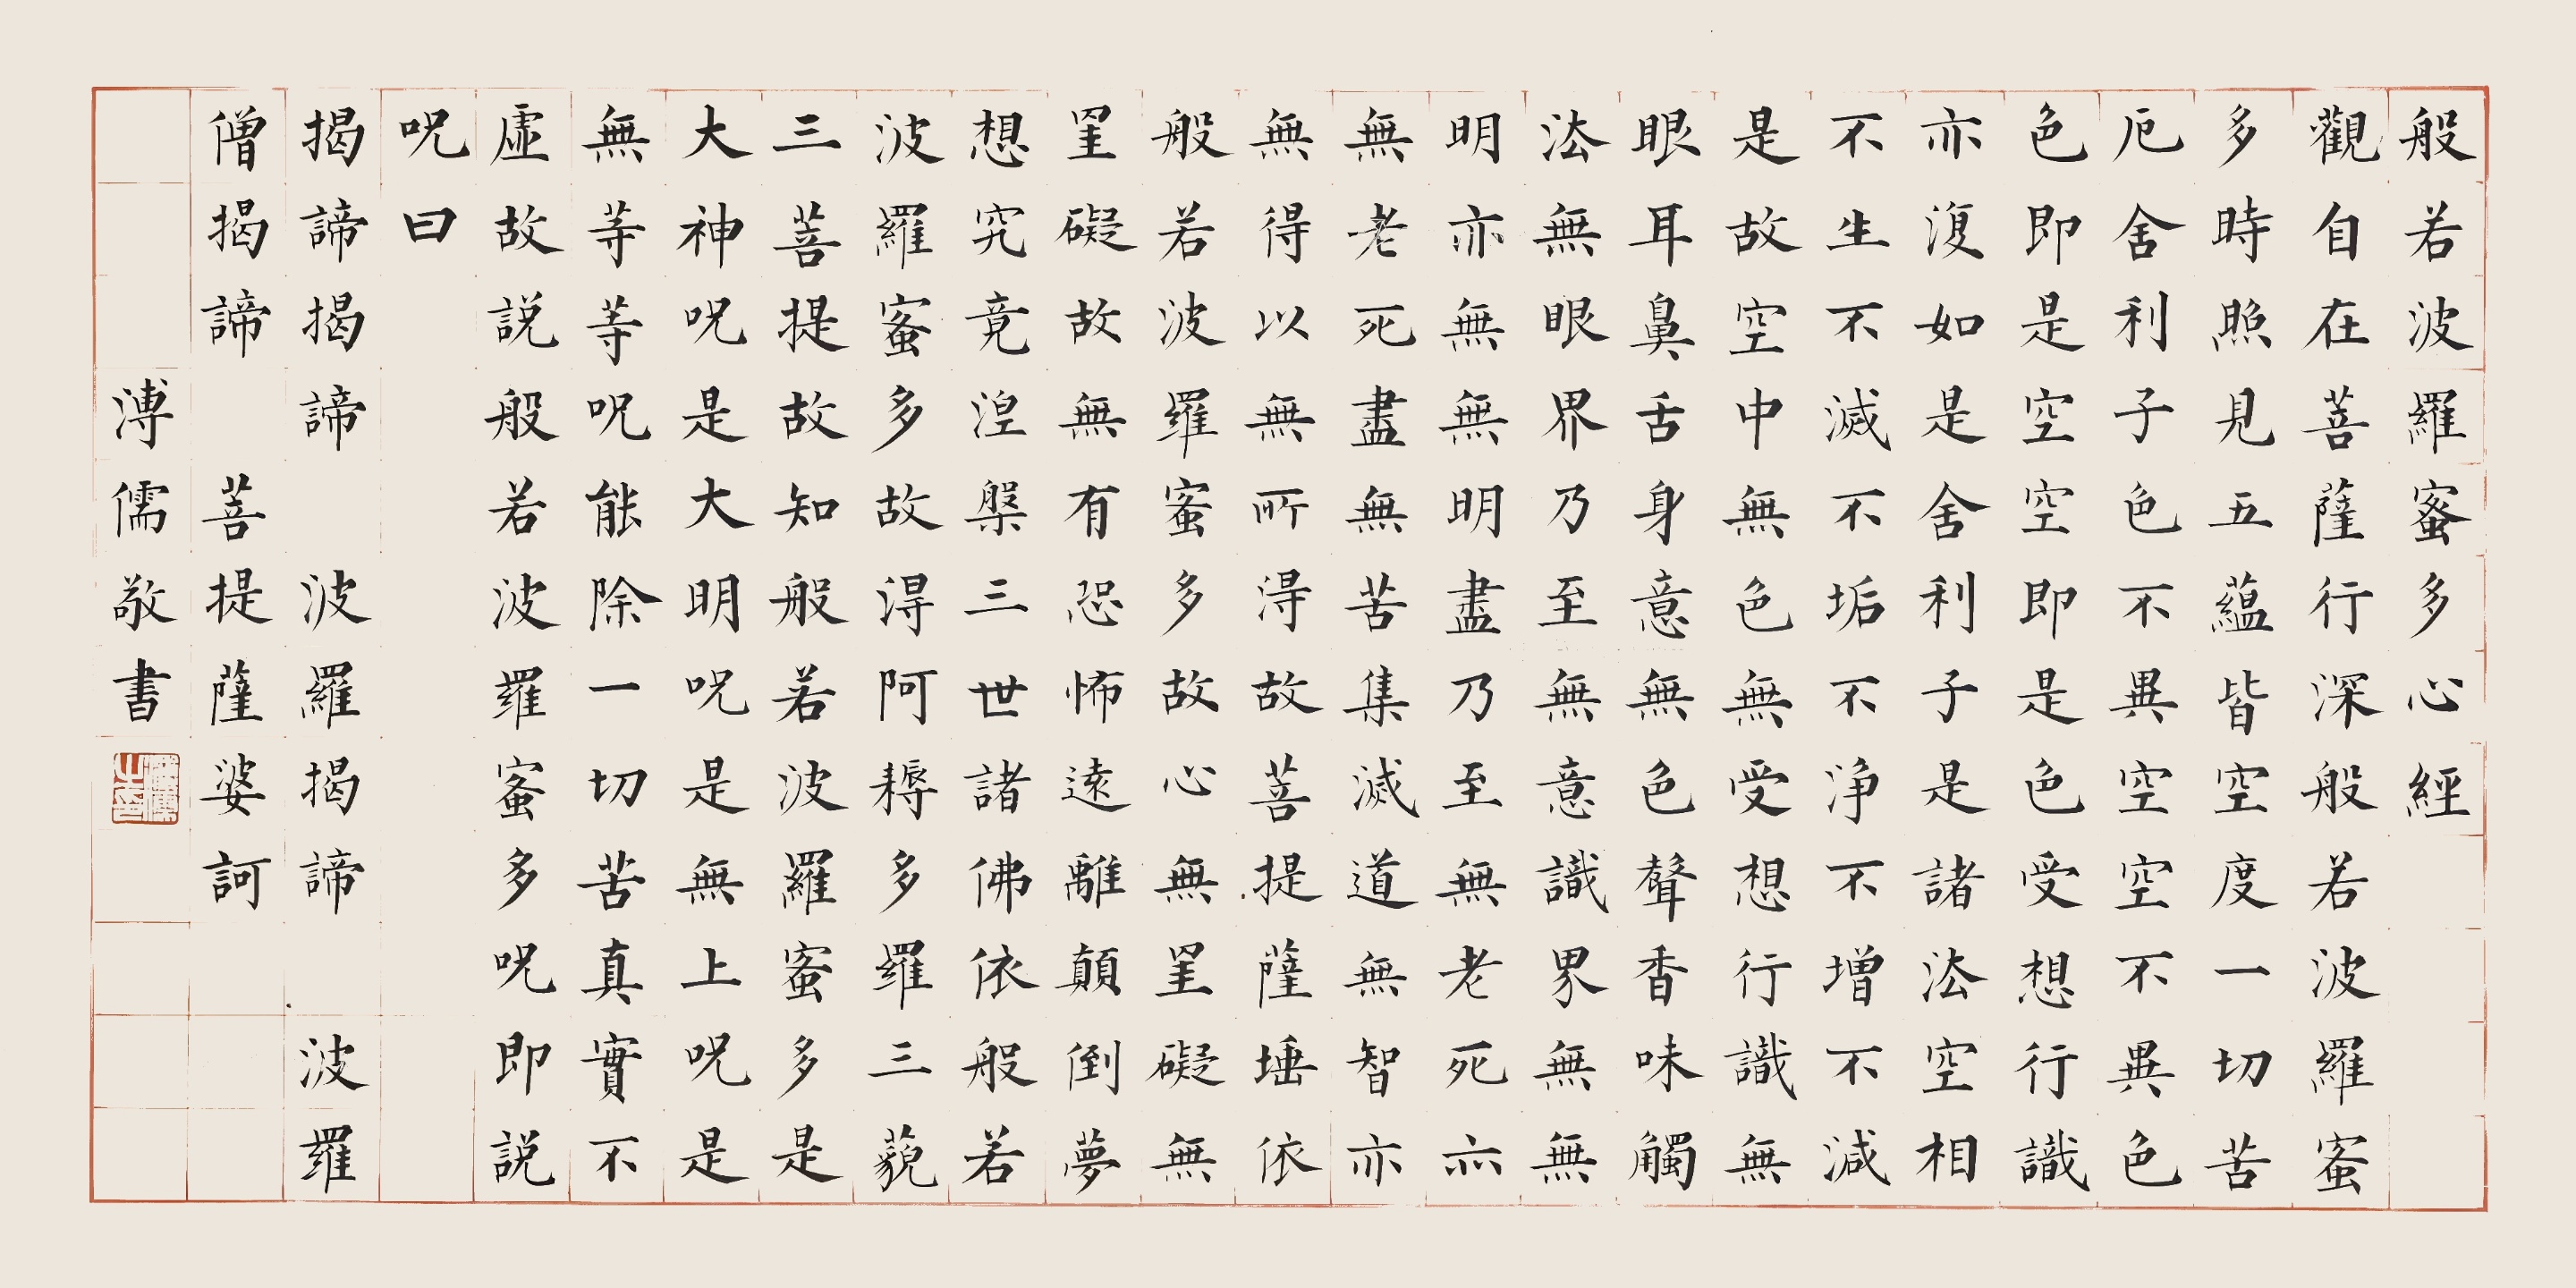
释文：波若波罗蜜多心经，观自在菩萨，行深般若波罗蜜多时，照见五蕴皆空，度一切苦厄。舍利子，色不异空，空不异色，色即是空，空即是色，受想行识，亦复如是。舍利子，是诸法空相，不生不灭，不垢不净，不增不减。是故空中无色，无受想行识，无眼耳鼻舌身意，无色声香味触法，无眼界，乃至无意识界。无无明，亦无无明尽，乃至无老死，亦无老死尽。无苦集灭道，无智亦无得。以无所得故，菩提萨埵，依般若波罗蜜多故，心无挂碍，无挂碍故，无有恐怖，远离颠倒梦想，究竟涅盘。三世诸佛，依般若波罗蜜多故，得阿耨多罗三藐三菩提。故知般若波罗蜜多，是大神咒，是大明咒，是无上咒，是无等等咒，能除一切苦，真实不虚。故说般若波罗蜜多咒，即说咒曰：揭谛揭谛波罗揭谛波罗僧揭谛菩提萨婆诃。溥儒敬书